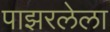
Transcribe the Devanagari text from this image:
पाझरलेला